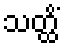
သတ္ထိံ